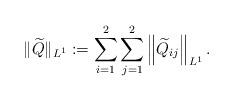
LaTeX: \begin{align*}\|\widetilde{Q}\|_{L^1}:=\sum_{i=1}^2\sum_{j=1}^2\left\|\widetilde{Q}_{i j}\right\|_{L^1}.\end{align*}